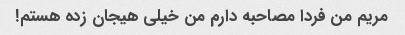
مریم من فردا مصاحبه دارم من خیلی هیجان زده هستم!